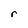
Character: r